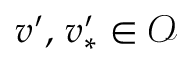
v ^ { \prime } , \, v _ { \ast } ^ { \prime } \in \mathcal { O }